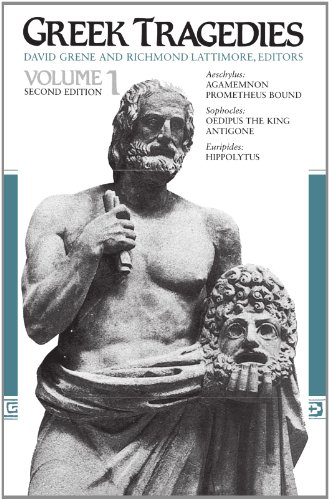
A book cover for Greek Tragedies, Volume 1; Aeschylus; Literature & Fiction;